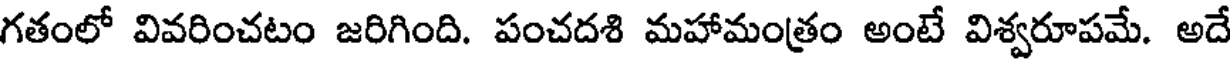
గతంలో వివరించటం జరిగింది. పంచదశి మహామంత్రం అంటే విశ్వరూపమే. అదే